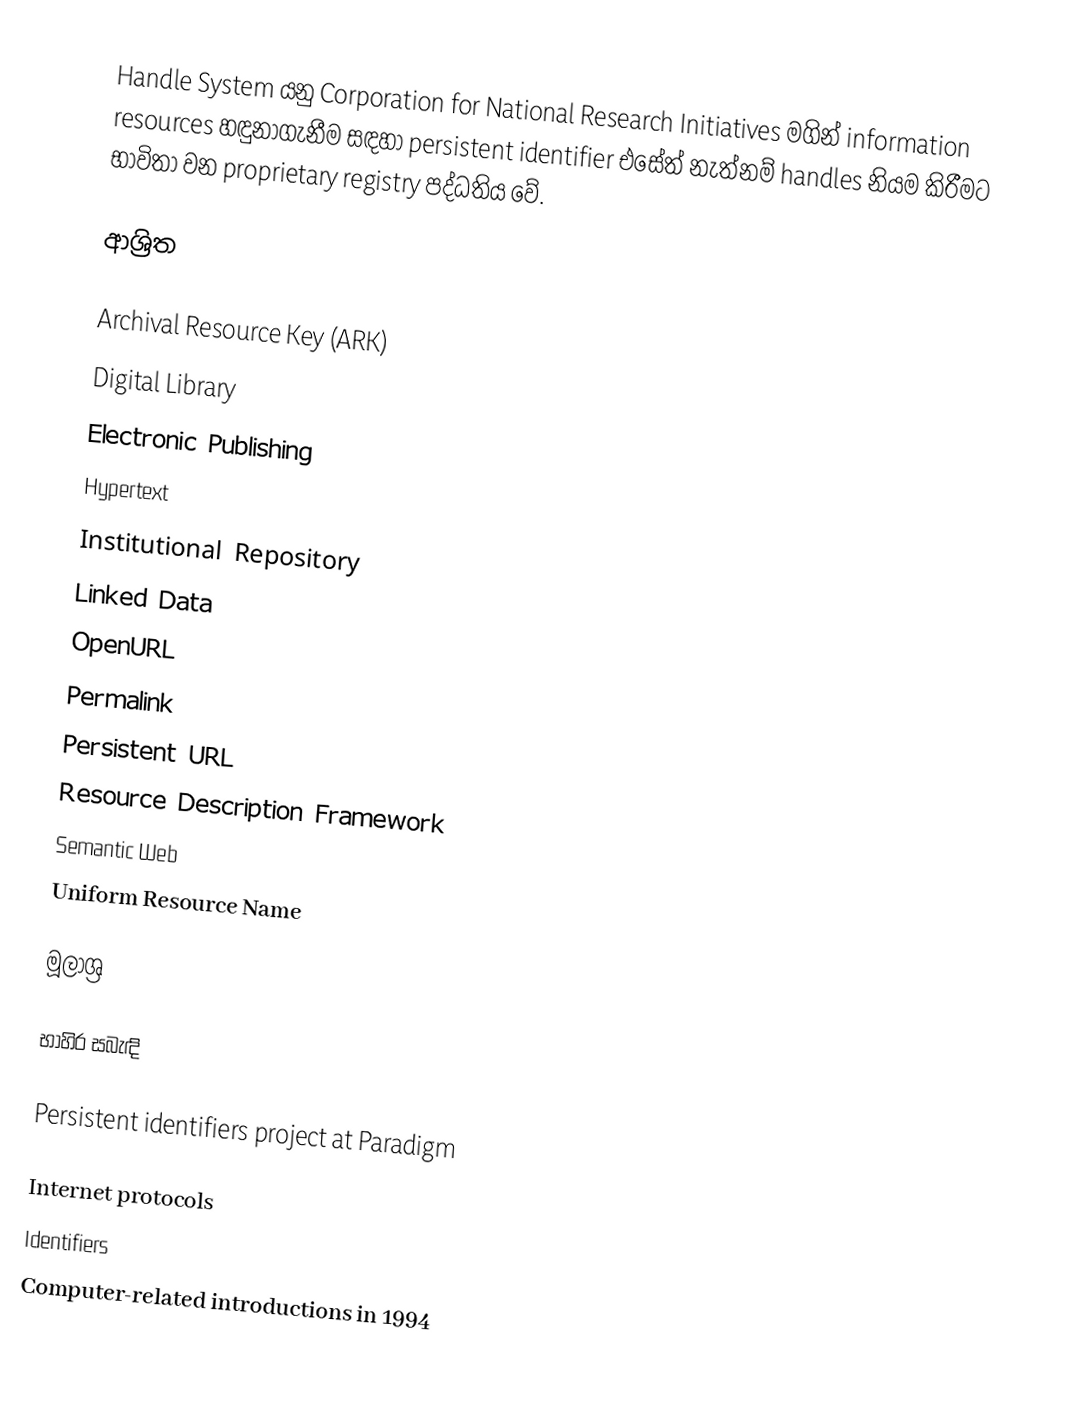
Handle System යනු Corporation for National Research Initiatives මගින් information resources හඳුනාගැනීම සඳහා persistent identifier එසේත් නැත්නම් handles නියම කිරීමට භාවිතා වන proprietary registry පද්ධතිය වේ.

ආශ්‍රිත

Archival Resource Key (ARK)
Digital Library
Electronic Publishing
Hypertext
Institutional Repository
Linked Data
OpenURL
Permalink
Persistent URL
Resource Description Framework
Semantic Web
Uniform Resource Name

මූලාශ්‍ර

භාහිර සබැඳි

 Persistent identifiers project at Paradigm

Internet protocols
Identifiers
Computer-related introductions in 1994